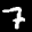
Label: 7